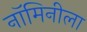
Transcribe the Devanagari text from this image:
नॉमिनीला